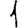
Digit: 1